Vital statistics of India. Vol. VI, European troops 1870-79
Year: 1870
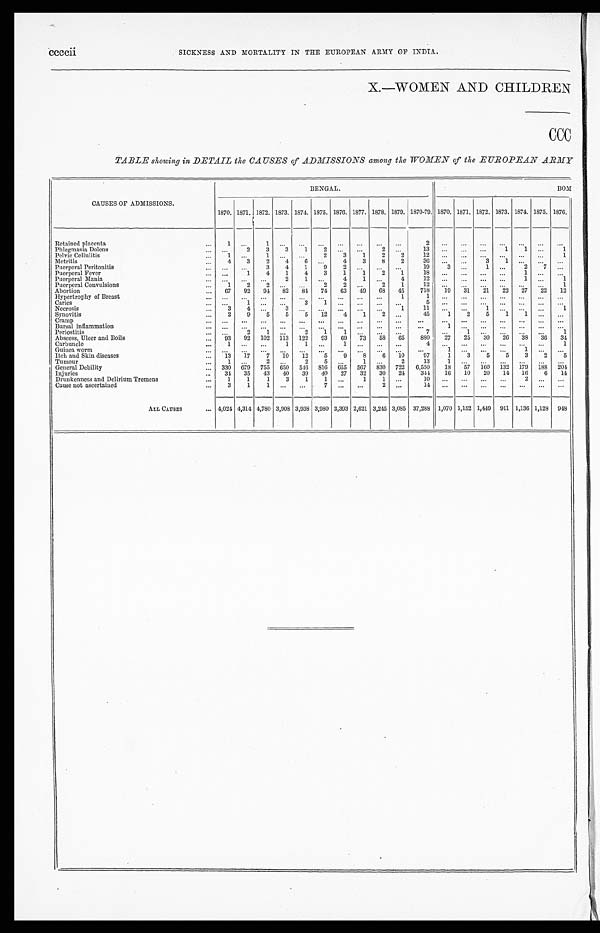
ccccii
SICKNESS AND MORTALITY IN THE EUROPEAN ARMY OF INDIA.
X.—WOMEN AND CHILDREN
CCC
TABLE showing in DETAIL the CAUSES of ADMISSIONS among the WOMEN of the EUROPEAN ARMY
CAUSES OF ADMISSIONS.
BENGAL.
BOM
1870. 1871. 1872. 1873. 1874. 1875. 1876. 1877. 1878. 1879.
1 8 7 0 - 7 9 . 1870. 1871. 1872. 1873. 1874. 1875. 1876.
Retained placenta
. . .
1
. . . 1
. . .
. . .
... ... ... ... ...
2 ... ...
. . .
. . . . . . ... ...
Phlegmasia Dolons
... ...
2
3
3
1
2
. . . ...
2
. . .
1 3
... ...
. . . 1
1 ...
1
Pelvic Cellulitis
...
1 ...
1
. . .
. . . 2
3
1
2
2
12 ... ... ... ... ... ...
1
Metritis
...
4
3
2 4
6 ...
4
3
8
2
36 ... ...
3
1
. . .
. . .
. . .
Puerperal Peritonitis
. . .
. . .
. . . 3
4 1
9
2 ... ... ...
19
3
. . .
1
. . . 2
7 ...
Puerperal Fever
... ...
1
4
1
4
3
1
1
2
1
18 ... ... ... ...
1
. . . ...
Puerperal Mania
... . . .
... ...
2 1 ...
4
1 ...
4
12 ... ... ... ...
1
. . . 1
Puerperal Convulsions
...
1
2
2 . . .
. . .
2
2 . . .
2
1
1 2 ... ...
. . .
. . .
. . .
. . . 1
Abortion
... 67 92 94 82 84 74 63 49 68 45
718 19 31 21 22 27 22 12
Hypertrophy of Breast
... ... ... ... ... ... ... ... ... ...
1
1 ... ...
. . .
. . .
. . .
. . .
. . .
Caries
... ...
1
. . .
. . .
3
1
. . . ... ...
. . .
5 ... ...
. . .
. . .
. . .
. . .
. . .
Necrosis
...
3
4 . . .
3
. . .
. . . . . . ... ...
1
11 ... ...
1
. . .
. . .
. . . 1
Synovitis
...
2
9
5
5
5 12
4 1
2 ...
45
1
2
5
1
1 . . .
...
Cramp
... ... ... ... ... ... ...
. . . ...
. . . ...
...
... ... ... ... ... ... ...
Bursal inflammation
. . . ...
. . .
. . .
. . . ...
. . .
. . .
. . .
. . .
. . .
...
1 ...
. . .
. . . . . .
. . . ...
Periostitis
... . . .
2
1 . . .
2
1
1
. . .
. . .
. . .
7 ... 1
. . .
. . . . . .
...
1
Abscess, Ulcer and Boils
... 93 92 102 113 122 93 69 73 58 65
880 27 25 30 26 38 36 34
Carbuncle
...
1 ... ...
1
1 ...
1 ... ... ...
4 ... ... ... ... ... ...
1
Guinea worm
... . . .
. . .
. . .
. . .
. . .
. . .
. . .
. . .
. . .
. . .
... 1
... ... ...
1
. . .
. . .
Itch and Skin diseases
... 13 17
7 10 12
5
9
8
6 10
97
1
3
5
5
3
2
5
Tumour
...
1
. . .
2 . . .
2
5 . . .
1
. . .
2
13
1 ... ...
. . . . . .
. . .
. . .
General Debility
... 330 679 755 650 546 816 655 567 830 722 6,550 18 57 160 132 179 188 204
Injuries
... 34 35 43 40 39 40 27 32 30 24
344
16 10 20 14 16
6 14
Drunkenness and Delirium Tremens
...
1
1
1
3
1
1 ...
1
1 ...
10 ... ...
. . .
. . . 2 . . .
. . .
Cause not ascertained
. . . 3
1
1
. . .
. . .
7
. . .
. . .
2 . . .
14
. . .
. . . . . .
. . .
. . .
. . .
. . .
ALL CAUSES
... 4,024 4,314 4,780 3,908 3,938 3,980 3,393 2,621 3,245 3,085 37,288 1,070 1,152 1,449 911 1,136 1,128 948